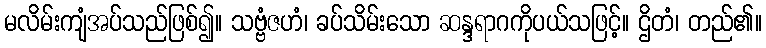
မလိမ်းကျံအပ်သည်ဖြစ်၍။ သဗ္ဗံဇဟံ၊ ခပ်သိမ်းသော ဆန္ဒရာဂကိုပယ်သဖြင့်။ ဌိတံ၊ တည်၏။